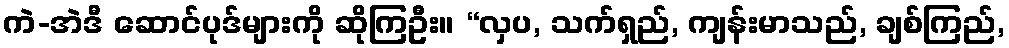
ကဲ-အဲဒီ ဆောင်ပုဒ်များကို ဆိုကြဦး။ “လှပ, သက်ရှည်, ကျန်းမာသည်, ချစ်ကြည်,